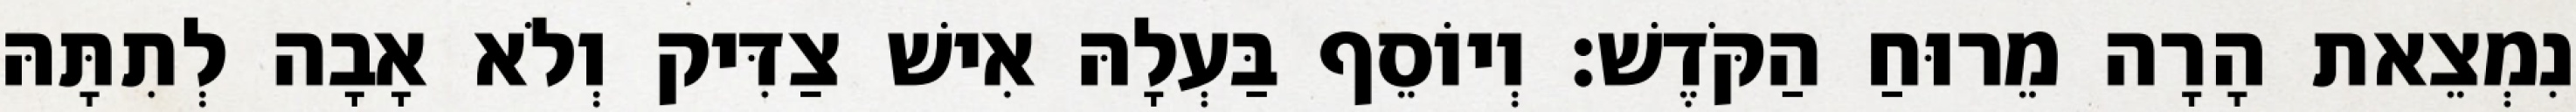
נִמְצֵאת הָרָה מֵרוּחַ הַקֹּדֶשׁ׃ וְיוֹסֵף בַּעְלָהּ אִישׁ צַדִּיק וְלֹא אָבָה לְתִתָּהּ